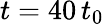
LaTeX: t=40\, t_{0}